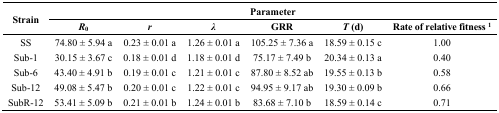
<table><thead><tr><td rowspan="2"><b>Strain</b></td><td colspan="6"><b>Parameter</b></td></tr><tr><td><b><i>R</i><sub>0</sub></b></td><td><b><i>r</i></b></td><td><b><i>λ</i></b></td><td><b>GRR</b></td><td><b><i>T</i> (d)</b></td><td><b>Rate of relative fitness <sup>1</sup></b></td></tr></thead><tbody><tr><td>SS</td><td>74.80 ± 5.94 a</td><td>0.23 ± 0.01 a</td><td>1.26 ± 0.01 a</td><td>105.25 ± 7.36 a</td><td>18.59 ± 0.15 c</td><td>1.00</td></tr><tr><td>Sub-1</td><td>30.15 ± 3.67 c</td><td>0.18 ± 0.01 d</td><td>1.18 ± 0.01 d</td><td>75.17 ± 7.49 b</td><td>20.34 ± 0.13 a</td><td>0.40</td></tr><tr><td>Sub-6</td><td>43.40 ± 4.91 b</td><td>0.19 ± 0.01 c</td><td>1.21 ± 0.01 c</td><td>87.80 ± 8.52 ab</td><td>19.55 ± 0.13 b</td><td>0.58</td></tr><tr><td>Sub-12</td><td>49.08 ± 5.47 b</td><td>0.20 ± 0.01 c</td><td>1.22 ± 0.01 c</td><td>94.95 ± 9.17 ab</td><td>19.30 ± 0.09 b</td><td>0.66</td></tr><tr><td>SubR-12</td><td>53.41 ± 5.09 b</td><td>0.21 ± 0.01 b</td><td>1.24 ± 0.01 b</td><td>83.68 ± 7.10 b</td><td>18.59 ± 0.14 c</td><td>0.71</td></tr></tbody></table>